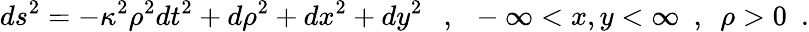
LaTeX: ds^{2}=-\kappa^{2}\rho^{2}dt^{2}+d\rho^{2}+dx^{2}+dy^{2}{}~~~,~~-\infty<x,y<\infty~~,~~\rho>0~~.